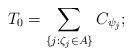
LaTeX: \begin{align*}T_0 = \sum_{\{j: \zeta_j \in A\}} C_{\psi_j};\end{align*}